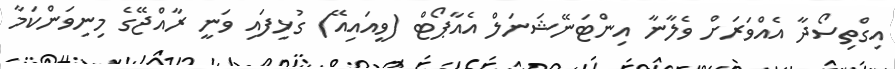
އިގްތިސޯދާ އެއްވަރަށް ވެލާނާ އިންޓަނޭޝަނަލް އެއާޕޯޓް (ވީއައިއޭ) ގުޅިފައި ވަނީ ރާއްޖޭގެ މިނިވަންކަމާ